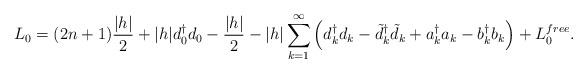
LaTeX: \begin{align*}L_0= (2n+1){|h|\over 2} + |h|d_0^\dagger d_0 -{|h|\over 2} -|h|\sum_{k=1}^\infty\left( d^\dagger_k d_k- \tilde{d}^\dagger_k \tilde{d}_k+a^\dagger_k a_k -b^\dagger_k b_k \right) + L_0^{free}.\end{align*}